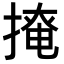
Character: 𢲅